Vaccination in Burma 1912-1922 - 1912-1922
Year: 1912
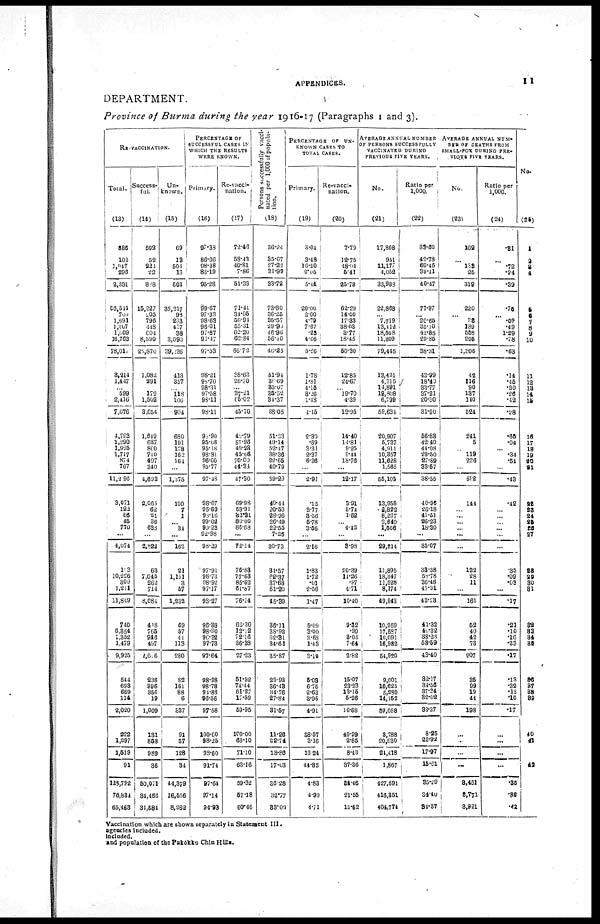
APPENDICES.
11
DEPARTMENT.
Province of Burma during the year 1916-17 (Paragraphs 1 and 3).
RE-VACCINATION.
Total.
(13)
Success-
ful.
(14)
Un-
known.
(15)
PERCENTAGE OF
SUCCESSFUL CASES IN
WHICH THE RESULTS
WERE KNOWN.
Primary.
(16)
Re-vacci-
nation.
(17)
Persons successfully vacci-
nated per 1,000 of popula-
tion.
(18)
PERCENTAGE
OF
UN-
KNOWN CASES TO
TOTAL CASES.
Primary.
(19)
Re-vacci-
nation.
(20)
AVERAGE ANNUAL NUMBER
OF PERSONS SUCCESSFULLY
VACCINATED DURING
PREVIOUS FIVE YEARS.
No.
(21)
Ratio per
1,000.
(22)
AVERAGE ANNUAL NUM-
BER OF DEATHS FROM
SMALL-POX DURING PRE-
VIOUS FIVE YEARS.
No.
(23)
Ratio per
1,000.
(24)
No.
(25)
886
102
1,047
296
2,331
56,511
700
1,691
1,307
1,009
16,763
78,011
3,214
1,147
...
599
2,416
7,676
4,723
1,290
1,925
1,717
874
767
11,296
3,0711
122
66
45
770
...
4,074
103
10,226
309
1,211
11,849
740
6,354
1,352
1,479
9,925
544
693
669
114
2,020
222
1,297
1,519
91
128,792
76,834
65,463
592
52
222
22
888
15,227
205
796
448
604
8,590
25,870
1,082
291
...
179
1,502
3,054
1,649
637
800
710
497
340
4,693
2,065
62
21
36
638
...
2,822
63
7,045
262
714
8,084
418
765
946
497
2,616
238
396
356
19
1,009
131
858
989
36
50,071
34,466
31,584
69
13
508
16
601
35,217
98
203
407
38
3,093
39,236
413
357
...
118
106
994
680
191
178
162
164
...
1,875
120
7
1
...
34
...
162
21
1,151
3
57
1,232
69
57
41
113
280
82
161
88
6
337
91
37
128
34
44,379
16,556
8,262
97.38
86.06
98.38
83.19
95.28
99.67
97.33
98.63
96.01
97.87
93.47
97.53
98.21
98.70
98.31
97.58
93.11
98.11
98.90
95.08
95.18
98.81
96.00
95.77
97.48
98.67
95.69
98.18
99.02
99.23
92.98
98.29
97.91
98.73
98.92
97.17
98.27
96.38
98.90
90.32
97.73
97.64
98.98
98.78
94.88
96.56
97.58
100.00
98.25
98.60
91.74
97.64
97.14
94.98
72.46
58.43
40.81
7.86
51.33
71.41
34.05
50.94
55.31
62.20
62.84
66.72
38.63
26.70
...
37.21
65.02
45.70
40.79
57.96
49.23
45.66
70.00
44.33
47.30
69.98
53.91
32.31
80.00
86.68
...
72.14
76.83
77.63
85.62
61.87
76.14
62.30
12.12
72.16
36.38
27.23
51.52
74.44
61.27
17.59
59.95
100.00
68.10
71.10
63.16
59.32
57.18
60.46
36.24
35.67
27.22
31.99
33.72
73.80
36.25
35.57
29.90
46.96
56.16
46.25
51.94
36.69
35.07
35.52
34.37
38.05
51.23
49.14
52.47
38.36
22.65
40.79
39.29
40.44
20.53
28.96
26.49
22.55
7.26
30.73
34.57
62.37
37.68
51.20
45.39
36.11
38.92
32.31
34.61
35.87
29.93
36.43
34.76
27.84
31.57
11.26
22.74
18.86
17.03
36.28
32.77
88.02
3.04
3.48
16.20
2.05
5.44
20.00
2.00
4.79
7.67
.23
4.66
5.26
1.78
1.81
4.15
8.26
1.18
4.15
2.30
.69
3.31
2.37
6.36
...
2.91
.15
3.77
3.56
5.78
3.56
...
2.16
1.83
1.72
.01
2.56
1.47
5.09
3.00
3.68
1.43
3.12
5.03
6.75
2.63
3.95
4.91
38.57
3.16
13.24
44.85
4.83
4.99
4.71
7.79
12.75
48.04
5.41
25.78
62.29
14.00
17.33
38.03
3.77
18.45
50.30
12.85
24.67
...
19.70
4.39
12.96
14.40
14.81
9.25
9.44
18.76
...
12.17
3.91
5.74
1.52
...
4.42
...
3.98
20.39
11.26
.97
4.71
10.40
9.32
.90
3.03
7.64
2.82
15.07
23.23
13.15
5.26
16.68
40.99
2.85
8.43
37.36
34.46
21.55
12.62
17,808
951
11,177
4,052
33,988
22,868
...
7,719
13,412
18,568
11,309
79,445
13,421
4,715
14,891
19,808
6,799
59,634
20,907
5,737
4,911
10,357
11,628
1,565
55,105
13,958
2,822
8,227
2,640
1,566
...
29,214
11,895
18,347
11,528
8,174
49,943
10,259
17,587
10,091
16,982
54,920
9,001
10,625
5,280
14,152
39,058
3,788
20,630
24,418
1,867
427,591
416,351
404,774
33.60
42.78
60.45
39.41
40.47
77.97
...
20.65
35.10
42.85
29.86
38.31
43.99
18.40
33.77
37.21
20.30
31.90
56.83
42.40
44.08
29.50
27.89
33.57
38.55
40.96
26.18
41.50
26.23
18.30
...
35.07
33.38
58.78
36.46
47.91
43.23
41.32
40.32
38.23
58.59
43.40
32.17
34.56
37.34
32.02
93.37
8.25
22.92
17.97
15.61
35.29
34.40
84.37
162
...
133
25
319
220
... 38
189
558
295
1,306
42
116
90
137
140
524
241
5
...
119
226
...
592
144
...
...
...
... ...
...
122
28
11
...
161
52
40
42
73
.207
35
99
19
44
198
...
...
...
...
3,451
3,771
3,921
.81
...
.72
.24
.39
.75
... .09
.49
1.29
.78
.63
.14
.45
.20
.26
.42
.28
.65
.04
... .34
.54
...
.43
.42
...
...
...
...
...
...
.35
.09
.03
...
.17
.21
.10
.16
.23
.17
.13
.32
.13
.10
.17
...
...
...
...
.35
.32
.42
1
2
3
4
5
6 7
8
9
10
11
12
13
14
15
16
17
18
19
20
21
22
23
24
25
26
27
23
29
30
31
32
33
34
35
36
37
38
39
40
41
42
Vaccination which are shown separately in Statement III.
agencies included.
included.
and population of the Pakôkku Chin Hills.